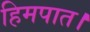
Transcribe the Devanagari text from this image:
हिमपात।